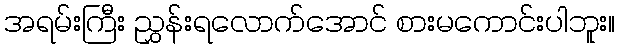
အရမ်းကြီး ညွှန်းရလောက်အောင် စားမကောင်းပါဘူး။